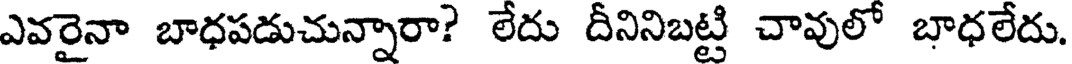
ఎవరైనా బాధపడుచున్నారా? లేదు దీనినిబట్టి చావులో బాధలేదు.